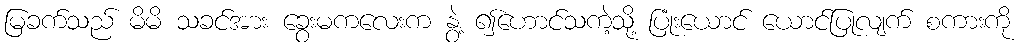
မြခက်သည် မိမိ သခင်အား ခွေးမကလေးက နွဲ့ ၍ဟောင်သကဲ့သို့ ပြုံးယောင် ယောင်ပြုလျက် စကားကို